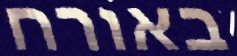
באורח